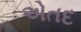
એતદ